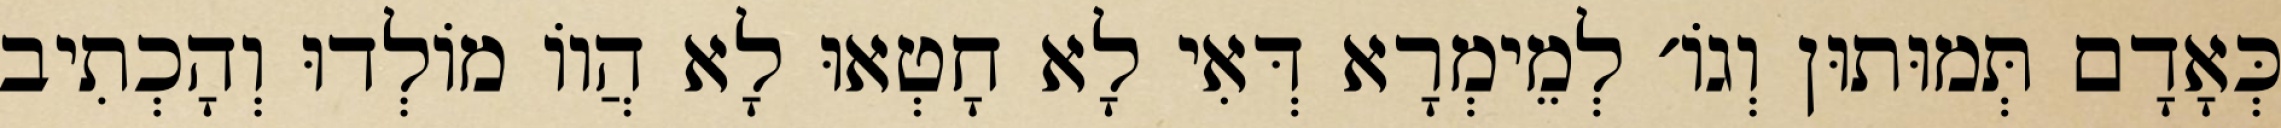
כְּאָדָם תְּמוּתוּן וְגוֹ׳ לְמֵימְרָא דְּאִי לָא חָטְאוּ לָא הֲווֹ מוֹלְדוּ וְהָכְתִיב